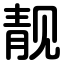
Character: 靓